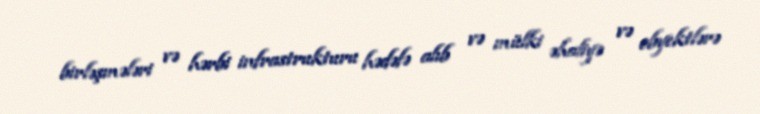
birləşmələri və hərbi infrastrukturu hədəfə alıb və mülki əhaliyə və obyektlərə